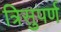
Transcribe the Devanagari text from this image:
त्रिसुपर्ण